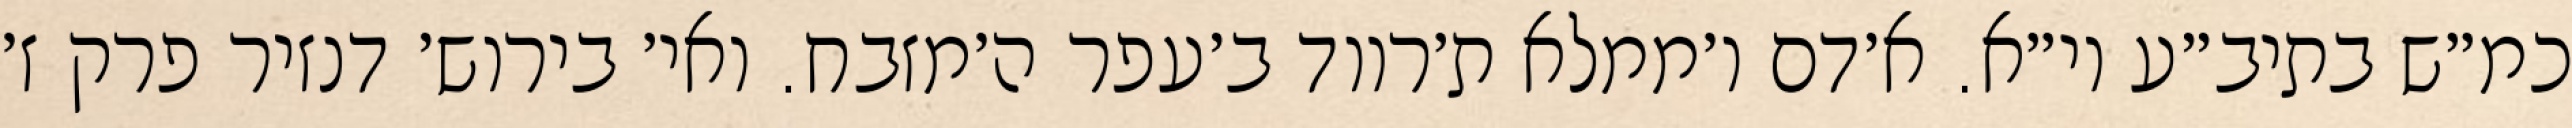
כמ״ש בתיב״ע וי״א. א׳דם ו׳ממלא ת׳רווד ב׳עפר ה׳מזבח. ואי׳ בירוש׳ דנזיר פרק ז׳